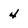
Character: 4